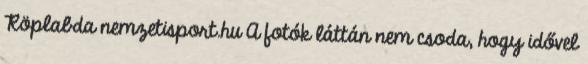
Röplabda nemzetisport.hu A fotók láttán nem csoda, hogy idővel